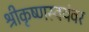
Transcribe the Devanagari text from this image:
श्रीकृष्णस्वयंवर